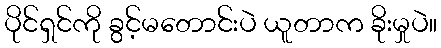
ပိုင်ရှင်ကို ခွင့်မတောင်းပဲ ယူတာက ခိုးမှုပဲ။